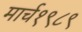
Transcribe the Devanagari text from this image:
मार्च१९८९